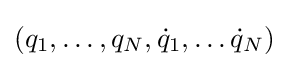
(q_{1},\ldots ,q_{N},{\dot {q}}_{1},\ldots {\dot {q}}_{N})